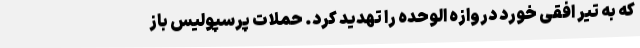
که به تیر افقی خورد دروازه الوحده را تهدید کرد. حملات پرسپولیس باز